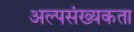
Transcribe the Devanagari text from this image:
अल्पसंख्यकता